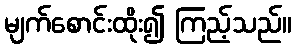
မျက်စောင်းထိုး၍ ကြည့်သည်။